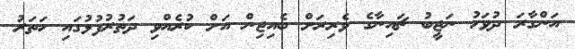
އަންގާރަ ދުވަހު ނަޖީބު ޗައިނާގެ ވެރިރަށް ބެއިޖިން އަށް ކުރެއްވި ދަތުރުފުޅުގައި ހަތަރު